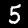
Label: 5